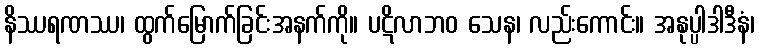
နိဿရဏဿ၊ ထွက်မြောက်ခြင်းအနက်ကို။ ပဋိလာဘဝ သေန၊ လည်းကောင်း။ အနုပ္ပါဒါဒီနံ၊